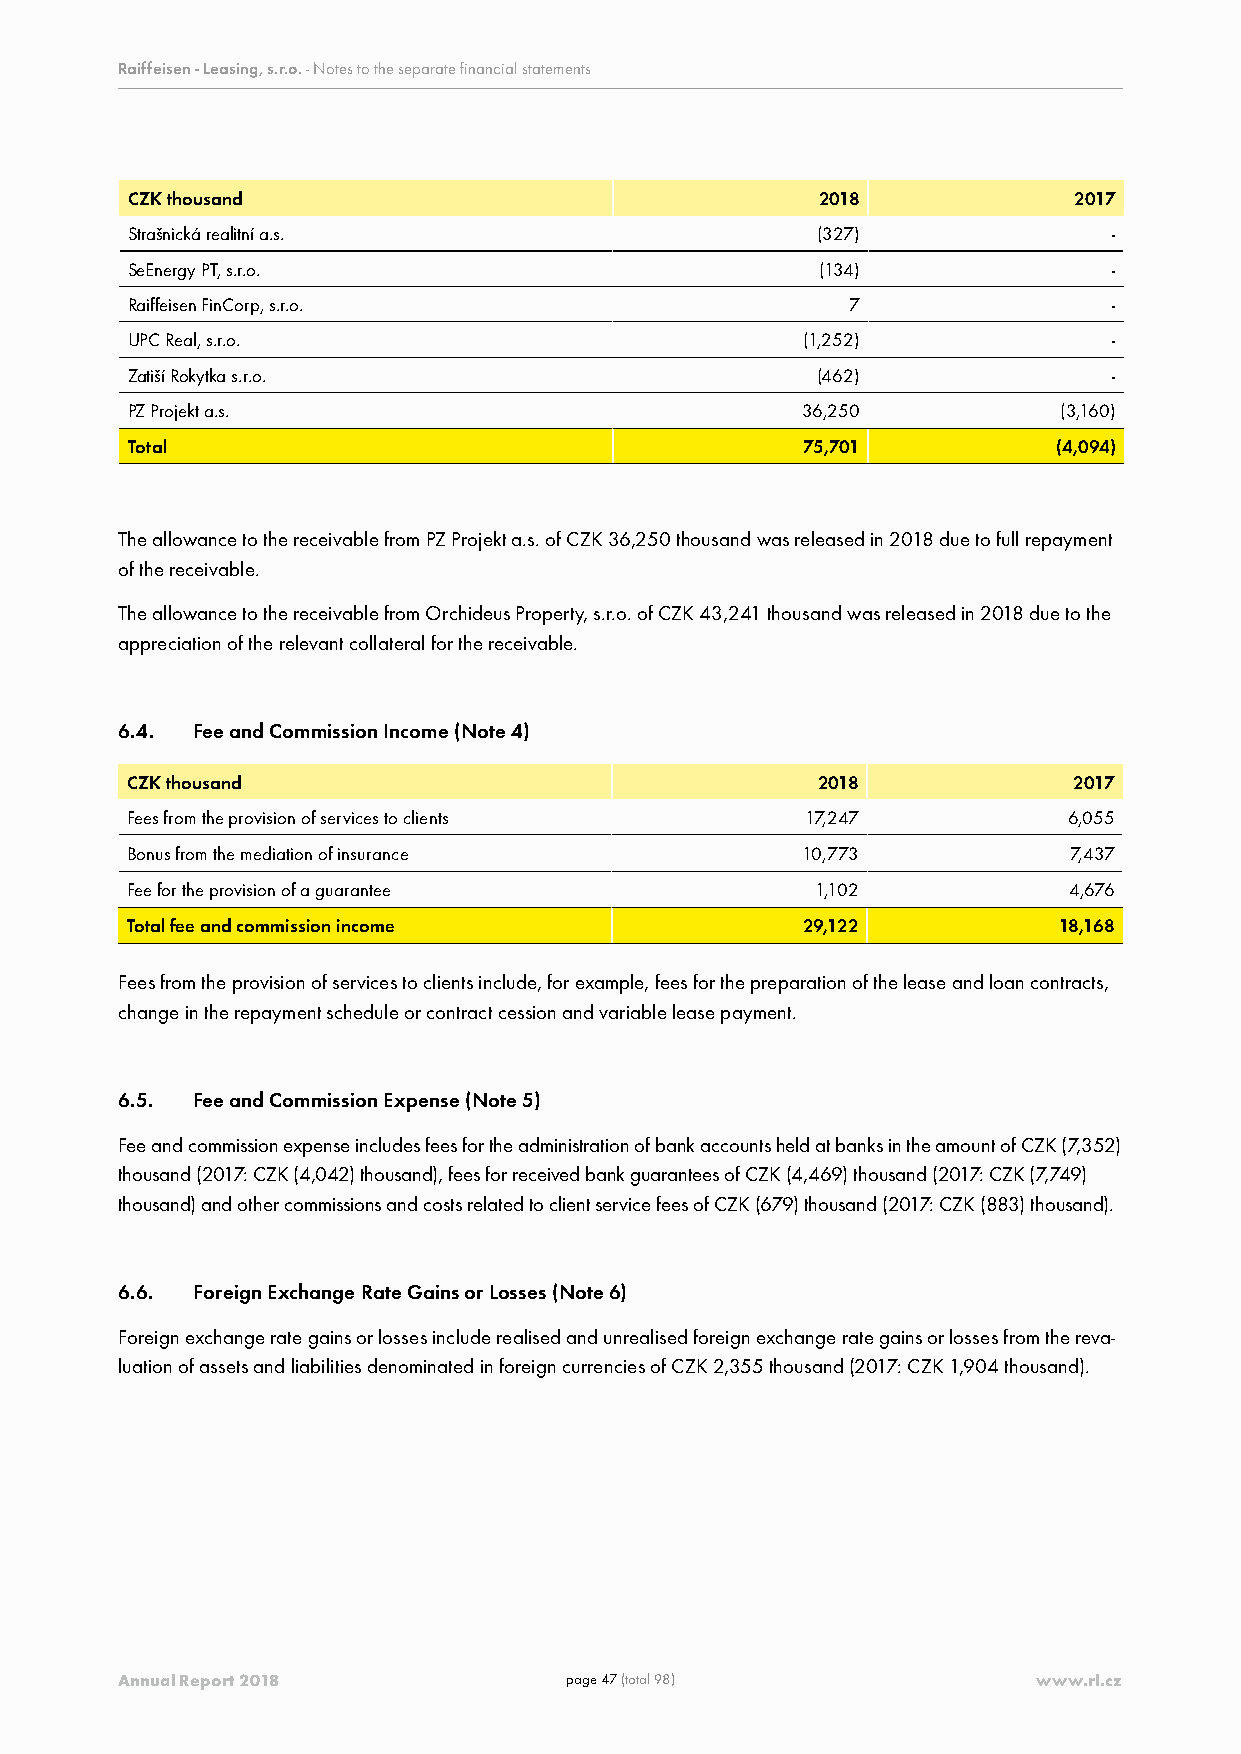
Raiffeisen - Leasing, s.r.o. - Notes to the separate financial statements
 CZK thousand                                  2018             2017
 Strašnická realitní a.s.                      (327)               -
 SeEnergy PT, s.r.o.                           (134)               -
 Raiffeisen FinCorp, s.r.o.                      7                 -
 UPC Real, s.r.o.                             (1,252)              -
 Zatiší Rokytka s.r.o.                         (462)               -
 PZ Projekt a.s.                              36,250           (3,160)
 Total                                        75,701           (4,094)
 The allowance to the receivable from PZ Projekt a.s. of CZK 36,250 thousand was released in 2018 due to full repayment
 of the receivable.
 The allowance to the receivable from Orchideus Property, s.r.o. of CZK 43,241 thousand was released in 2018 due to the
 appreciation of the relevant collateral for the receivable.
 6.4. Fee and Commission Income (Note 4)
 CZK thousand                                  2018             2017
 Fees from the provision of services to clients 17,247          6,055
 Bonus from the mediation of insurance        10,773            7,437
 Fee for the provision of a guarantee          1,102            4,676
 Total fee and commission income              29,122           18,168
 Fees from the provision of services to clients include, for example, fees for the preparation of the lease and loan contracts,
 change in the repayment schedule or contract cession and variable lease payment.
 6.5. Fee and Commission Expense (Note 5)
 Fee and commission expense includes fees for the administration of bank accounts held at banks in the amount of CZK (7,352)
 thousand (2017: CZK (4,042) thousand), fees for received bank guarantees of CZK (4,469) thousand (2017: CZK (7,749)
 thousand) and other commissions and costs related to client service fees of CZK (679) thousand (2017: CZK (883) thousand).
 6.6. Foreign Exchange Rate Gains or Losses (Note 6)
 Foreign exchange rate gains or losses include realised and unrealised foreign exchange rate gains or losses from the reva-
 luation of assets and liabilities denominated in foreign currencies of CZK 2,355 thousand (2017: CZK 1,904 thousand).
 Annual Report 2018           page 47 (total 98)              www.rl.cz